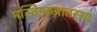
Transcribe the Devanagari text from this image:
मस्तिष्कप्रांतस्था